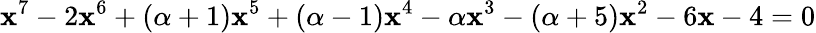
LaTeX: \mathbf{x}^{7}-2\mathbf{x}^{6}+(\alpha+1)\mathbf{x}^{5}+(\alpha-1)\mathbf{x}^{4}-\alpha\mathbf{x}^{3}-(\alpha+5)\mathbf{x}^{2}-6\mathbf{x}-4=0